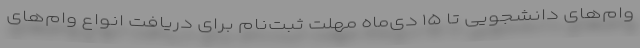
وام‌های دانشجویی تا ۱۵ دی‌ماه مهلت ثبت‌نام برای دریافت انواع وام‌های